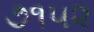
૭૧૫૨